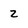
Character: z